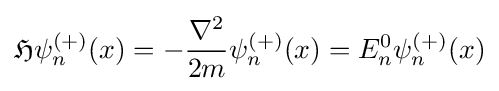
{\mathfrak {H}}\psi _{n}^{(+)}(x)=-{\frac {\nabla ^{2}}{2m}}\psi _{n}^{(+)}(x)=E_{n}^{0}\psi _{n}^{(+)}(x)